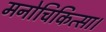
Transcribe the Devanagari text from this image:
मनोचिकित्सा।